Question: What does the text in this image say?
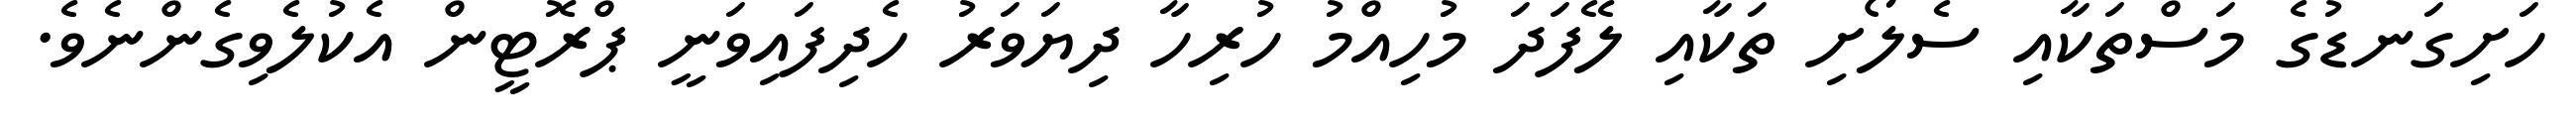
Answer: ހަށިގަނޑުގެ މަސްތަކާއި ސެލޯށި ތަކާއި ލޭފަދަ މުހިއްމު ހުރިހާ ދިޔަވަރު ހެދިފައިވަނީ ޕްރޮޓީން އެކުލެވިގެންނެވެ.